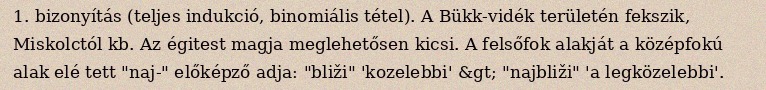
1. bizonyítás (teljes indukció, binomiális tétel). A Bükk-vidék területén fekszik, Miskolctól kb. Az égitest magja meglehetősen kicsi. A felsőfok alakját a középfokú alak elé tett "naj-" előképző adja: "bliži" 'kozelebbi' &gt; "najbliži" 'a legközelebbi'.